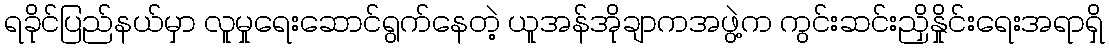
ရခိုင်ပြည်နယ်မှာ လူမှုရေးဆောင်ရွက်နေတဲ့ ယူအန်အိုချာကအဖွဲ့က ကွင်းဆင်းညှိနှိုင်းရေးအရာရှိ